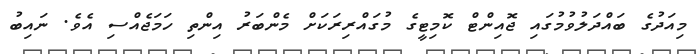
މިއަދުގެ ބައްދަލުވުމުގައި ޖޮއިންޓް ކޮމިޓީގެ މުގައްރިރަކަށް މެންބަރު އިންތި ހަމަޖެއްސި އެވެ. ނައިބު